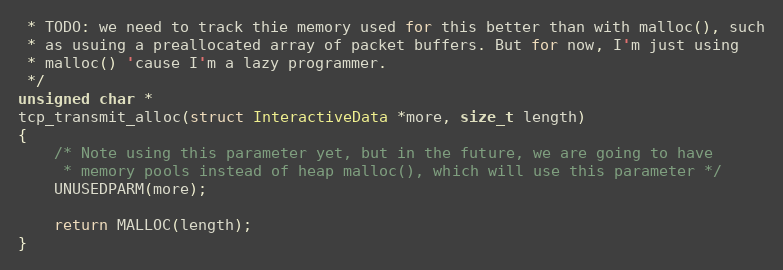
Language: C
 * TODO: we need to track thie memory used for this better than with malloc(), such
 * as usuing a preallocated array of packet buffers. But for now, I'm just using
 * malloc() 'cause I'm a lazy programmer.
 */
unsigned char *
tcp_transmit_alloc(struct InteractiveData *more, size_t length)
{
    /* Note using this parameter yet, but in the future, we are going to have
     * memory pools instead of heap malloc(), which will use this parameter */
    UNUSEDPARM(more);

    return MALLOC(length);
}